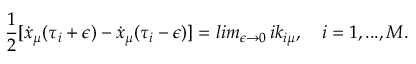
{ \frac { 1 } { 2 } } [ \dot { x } _ { \mu } ( \tau _ { i } + \epsilon ) - \dot { x } _ { \mu } ( \tau _ { i } - \epsilon ) ] = l i m _ { \epsilon \rightarrow 0 } \, i k _ { i \mu } , \quad i = 1 , . . . , M .